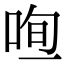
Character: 𠳉